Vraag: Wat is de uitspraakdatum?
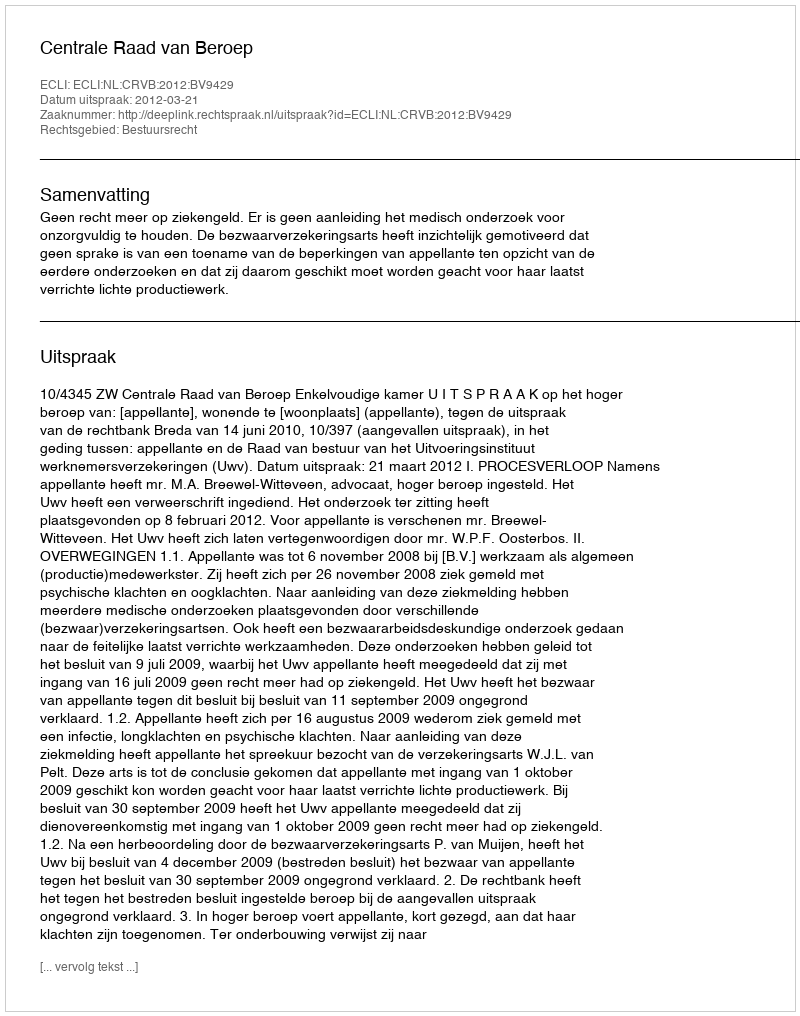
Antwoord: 2012-03-21